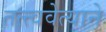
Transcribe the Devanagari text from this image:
तत्त्ववेत्याने